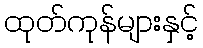
ထုတ်ကုန်များနှင့်